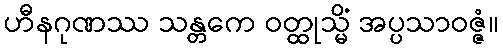
ဟီနဂုဏဿ သန္တကေ ဝတ္ထုသ္မိံ အပ္ပသာဝဇ္ဇံ။